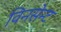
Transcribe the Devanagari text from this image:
विनसेन्ट